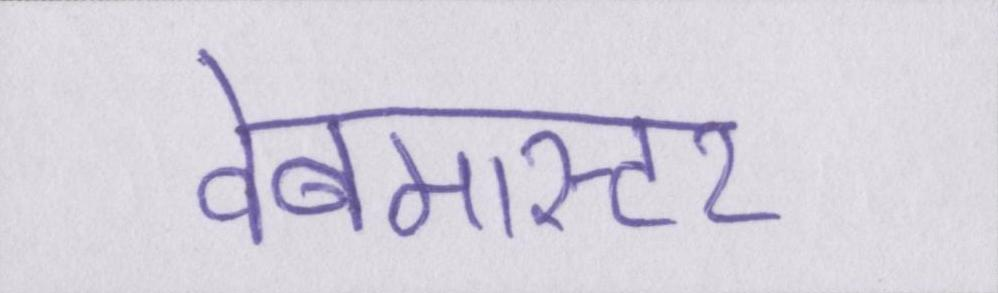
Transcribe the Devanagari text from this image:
वेबमास्टर